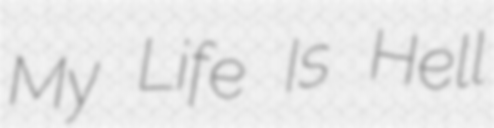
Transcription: My Life Is Hell